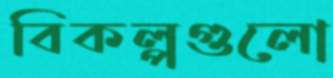
বিকল্পগুলো